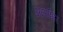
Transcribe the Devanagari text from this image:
अमाभिर